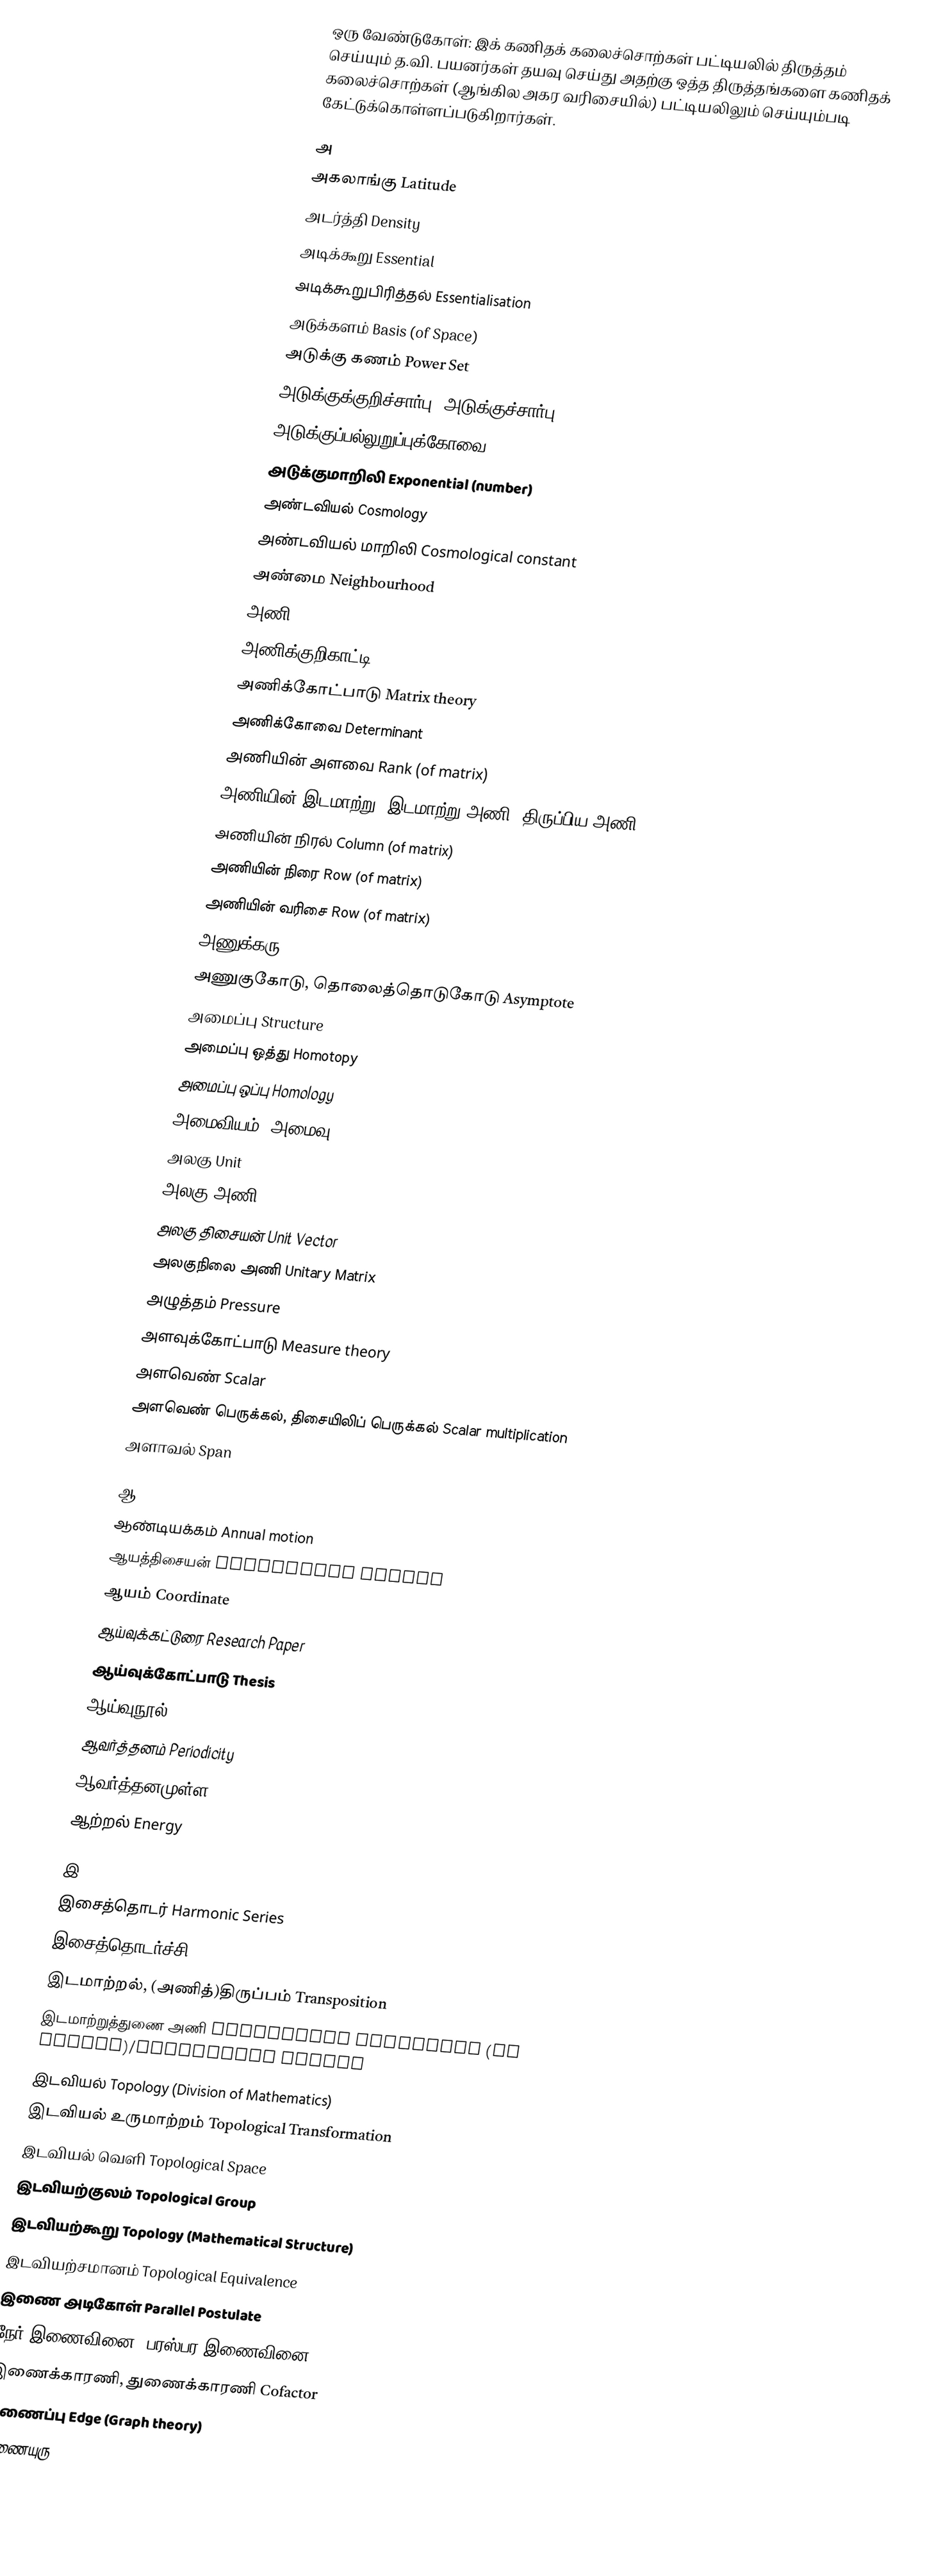
ஒரு வேண்டுகோள்: இக் கணிதக் கலைச்சொற்கள் பட்டியலில் திருத்தம் செய்யும் த.வி. பயனர்கள் தயவு செய்து அதற்கு ஒத்த திருத்தங்களை  கணிதக் கலைச்சொற்கள் (ஆங்கில அகர வரிசையில்) பட்டியலிலும் செய்யும்படி கேட்டுக்கொள்ளப்படுகிறார்கள்.

அ
அகலாங்கு Latitude
அடர்த்தி Density
அடிக்கூறு Essential
அடிக்கூறுபிரித்தல் Essentialisation
அடுக்களம் Basis (of Space)
அடுக்கு கணம் Power Set
அடுக்குக்குறிச்சார்பு, அடுக்குச்சார்பு Exponential Function
அடுக்குப்பல்லுறுப்புக்கோவை Exponential Polynomial
அடுக்குமாறிலி Exponential (number)
அண்டவியல் Cosmology
அண்டவியல் மாறிலி Cosmological constant
அண்மை Neighbourhood
அணி Matrix
அணிக்குறிகாட்டி Matrix representation
அணிக்கோட்பாடு Matrix theory
அணிக்கோவை Determinant
அணியின் அளவை Rank (of matrix)
அணியின் இடமாற்று, இடமாற்று அணி, திருப்பிய அணி Transpose (of matrix)
அணியின் நிரல் Column (of matrix)
அணியின் நிரை Row (of matrix)
அணியின் வரிசை Row (of matrix)
அணுக்கரு Nucleus
அணுகுகோடு, தொலைத்தொடுகோடு Asymptote
அமைப்பு Structure
அமைப்பு ஒத்து Homotopy
அமைப்பு ஒப்பு Homology
அமைவியம், அமைவு Morphism
அலகு Unit
அலகு அணி Unit matrix
அலகு திசையன் Unit Vector
அலகுநிலை அணி Unitary Matrix
அழுத்தம் Pressure
அளவுக்கோட்பாடு Measure theory
அளவெண் Scalar
அளவெண் பெருக்கல், திசையிலிப் பெருக்கல் Scalar multiplication
அளாவல் Span

ஆ
ஆண்டியக்கம் Annual motion
ஆயத்திசையன் Coordinate Vector
ஆயம் Coordinate
ஆய்வுக்கட்டுரை Research Paper
ஆய்வுக்கோட்பாடு Thesis
ஆய்வுநூல் Memoir
ஆவர்த்தனம் Periodicity
ஆவர்த்தனமுள்ள Periodic
ஆற்றல் Energy

இ
இசைத்தொடர் Harmonic Series
இசைத்தொடர்ச்சி Harmonic Progression
இடமாற்றல், (அணித்)திருப்பம் Transposition
இடமாற்றுத்துணை அணி Transposed conjugate (of matrix)/Tranjugate matrix
இடவியல் Topology (Division of Mathematics)
இடவியல் உருமாற்றம் Topological Transformation
இடவியல் வெளி Topological Space
இடவியற்குலம் Topological Group
இடவியற்கூறு Topology (Mathematical Structure)
இடவியற்சமானம் Topological Equivalence
இணை அடிகோள் Parallel Postulate
நேர் இணைவினை (பரஸ்பர இணைவினை) Correlation
இணைக்காரணி, துணைக்காரணி Cofactor
இணைப்பு Edge (Graph theory)
இணையுரு